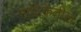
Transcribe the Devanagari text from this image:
नाटिकेतील